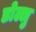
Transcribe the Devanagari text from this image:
डोल्लु